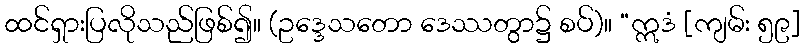
ထင်ရှားပြလိုသည်ဖြစ်၍။ (ဥဒ္ဒေသတော ဒေဿတွာ၌ စပ်)။ “ဣဒံ [ကျမ်း ၅၉]